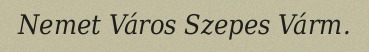
Nemet Város Szepes Várm.